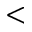
<